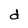
Character: d